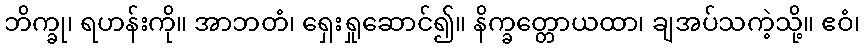
ဘိက္ခု၊ ရဟန်းကို။ အာဘတံ၊ ရှေးရှုဆောင်၍။ နိက္ခတ္တောယထာ၊ ချအပ်သကဲ့သို့။ ဧဝံ၊